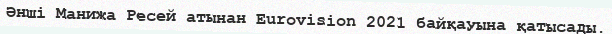
Әнші Манижа Ресей атынан Eurovision 2021 байқауына қатысады.